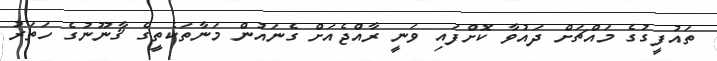
ތައުފީގުގެ މައްޗަށް ދައުވާ ކޮށްފައި ވަނީ ރާއްޖެއަށް ގެނައުން މަނާތަކެތީގެ ޤާނޫނުގެ ހަތަރު